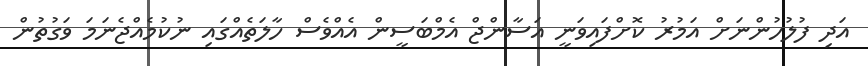
އަދި ފުލުހުންނަށް އަމުރު ކޮށްފައިވަނީ އަސާންޖް އެމްބަސީން އެއްވެސް ހާލަތެއްގައި ނުކުމެއްޖެނަމަ ވަގުތުން